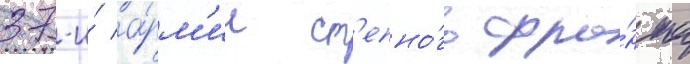
37-и́ а́рм'ии ст'епно́го фро́нта